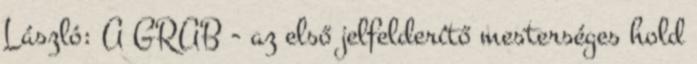
László: A GRAB - az első jelfelderítő mesterséges hold